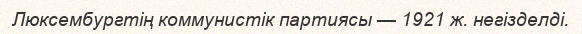
Люксембургтің коммунистік партиясы — 1921 ж. негізделді.